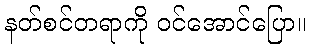
နတ်စင်တရာကို ဝင်အောင်ပြော။